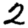
Digit: 2